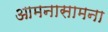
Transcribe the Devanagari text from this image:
आमनासामना